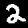
Label: 2